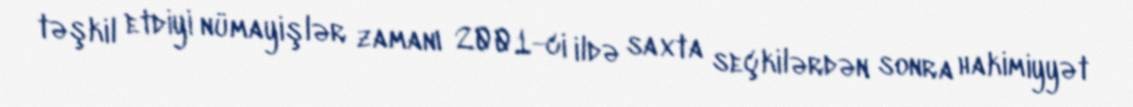
təşkil etdiyi nümayişlər zamanı 2001-ci ildə saxta seçkilərdən sonra hakimiyyət